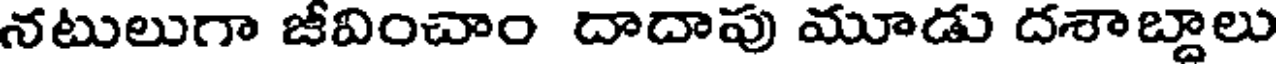
నటులుగా జీవించాం దాదాపు మూడు దశాబ్దాలు